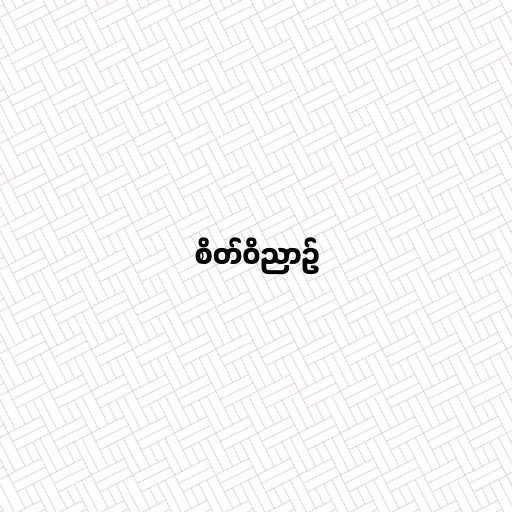
စိတ်ဝိညာဉ်